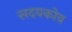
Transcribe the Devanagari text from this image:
सदयकोव